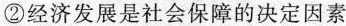
②经济发展是社会保障的决定因素